Proceedings of the meeting of veterinary officers in India
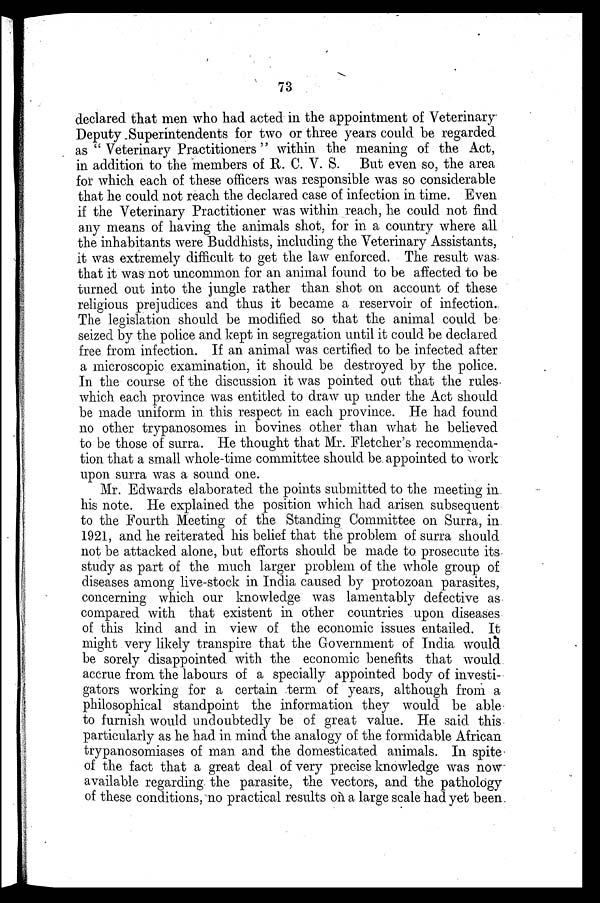
73
declared that men who had acted in the appointment of Veterinary
Deputy Superintendents for two or three years could be regarded
as "Veterinary Practitioners" within the meaning of the Act,
in addition to the members of R. C. V. S. But even so, the area
for which each of these officers was responsible was so considerable
that he could not reach the declared case of infection in time. Even
if the Veterinary Practitioner was within reach, he could not find
any means of having the animals shot, for in a country where all
the inhabitants were Buddhists, including the Veterinary Assistants,
it was extremely difficult to get the law enforced. The result was
that it was not uncommon for an animal found to be affected to be
turned out into the jungle rather than shot on account of these
religious prejudices and thus it became a reservoir of infection.
The legislation should be modified so that the animal could be
seized by the police and kept in segregation until it could be declared
free from infection. If an animal was certified to be infected after
a microscopic examination, it should be destroyed by the police.
In the course of the discussion it was pointed out that the rules
which each province was entitled to draw up under the Act should
be made uniform in this respect in each province. He had found
no other trypanosomes in bovines other than what he believed
to be those of surra. He thought that Mr. Fletcher's recommenda-
tion that a small whole-time committee should be appointed to work
upon surra was a sound one.
Mr. Edwards elaborated the points submitted to the meeting in
his note. He explained the position which had arisen subsequent
to the Fourth Meeting of the Standing Committee on Surra, in
1921, and he reiterated his belief that the problem of surra should
not be attacked alone, but efforts should be made to prosecute its
study as part of the much larger problem of the whole group of
diseases among live-stock in India caused by protozoan parasites,
concerning which our knowledge was lamentably defective as
compared with that existent in other countries upon diseases
of this kind and in view of the economic issues entailed. It
might very likely transpire that the Government of India would
be sorely disappointed with the economic benefits that would
accrue from the labours of a specially appointed body of investi-
gators working for a certain term of years, although from a
philosophical standpoint the information they would be able
to furnish would undoubtedly be of great value. He said this
particularly as he had in mind the analogy of the formidable African
trypanosomiases of man and the domesticated animals. In spite
of the fact that a great deal of very precise knowledge was now
available regarding the parasite, the vectors, and the pathology
of these conditions, no practical results on a large scale had yet been